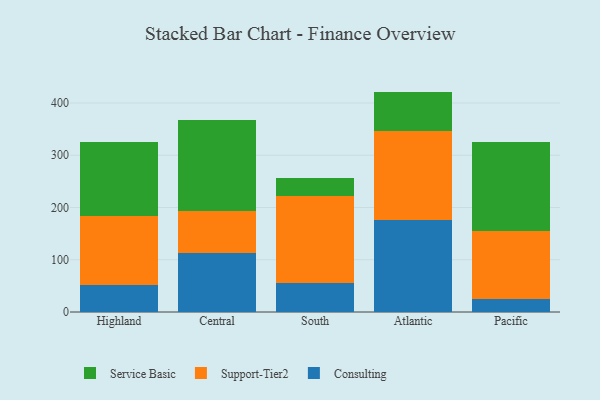
{"axis": {"x": "Region", "y": "Net Income (USD K)"}, "legend": ["Consulting", "Service Basic", "Support-Tier2"], "data": [{"x": "Highland", "y": 51.0, "type": "Consulting"}, {"x": "Highland", "y": 133.5, "type": "Support-Tier2"}, {"x": "Highland", "y": 140.3, "type": "Service Basic"}, {"x": "Central", "y": 113.6, "type": "Consulting"}, {"x": "Central", "y": 80.4, "type": "Support-Tier2"}, {"x": "Central", "y": 173.0, "type": "Service Basic"}, {"x": "South", "y": 55.2, "type": "Consulting"}, {"x": "South", "y": 166.0, "type": "Support-Tier2"}, {"x": "South", "y": 34.8, "type": "Service Basic"}, {"x": "Atlantic", "y": 175.2, "type": "Consulting"}, {"x": "Atlantic", "y": 171.0, "type": "Support-Tier2"}, {"x": "Atlantic", "y": 75.6, "type": "Service Basic"}, {"x": "Pacific", "y": 24.8, "type": "Consulting"}, {"x": "Pacific", "y": 130.2, "type": "Support-Tier2"}, {"x": "Pacific", "y": 170.9, "type": "Service Basic"}]}